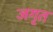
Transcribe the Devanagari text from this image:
जगृत